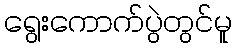
ရွေးကောက်ပွဲတွင်မူ